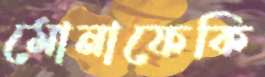
মোনাফেকি